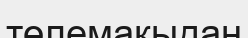
төлемақыдан